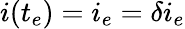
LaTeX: i(t_{e})=i_{e}=\delta i_{e}